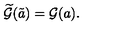
\widetilde { \cal G } ( \tilde { a } ) = { \cal G } ( a ) .